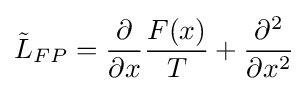
{\tilde {L}}_{FP}={\frac {\partial }{\partial x}}{\frac {F(x)}{T}}+{\frac {\partial ^{2}}{\partial x^{2}}}